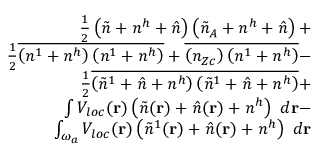
\begin{array} { r l r } & { } & { \frac { 1 } { 2 } \left( \tilde { n } + n ^ { h } + \hat { n } \right) \left( \tilde { n } _ { A } + n ^ { h } + \hat { n } \right) + } \\ & { } & { \frac { 1 } { 2 } \overline { { \left( n ^ { 1 } + n ^ { h } \right) \left( n ^ { 1 } + n ^ { h } \right) } } + \overline { { \left( n _ { Z c } \right) \left( n ^ { 1 } + n ^ { h } \right) } } - } \\ & { } & { \frac { 1 } { 2 } \overline { { \left( \tilde { n } ^ { 1 } + \hat { n } + n ^ { h } \right) \left( \tilde { n } ^ { 1 } + \hat { n } + n ^ { h } \right) } } + } \\ & { } & { \int V _ { l o c } ( { \bf r } ) \left( \tilde { n } ( { \bf r } ) + \hat { n } ( { \bf r } ) + n ^ { h } \right) ~ d { \bf r } - } \\ & { } & { \int _ { \omega _ { a } } V _ { l o c } ( { \bf r } ) \left( \tilde { n } ^ { 1 } ( { \bf r } ) + \hat { n } ( { \bf r } ) + n ^ { h } \right) ~ d { \bf r } } \end{array}